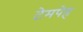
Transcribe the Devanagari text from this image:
टेमपेह